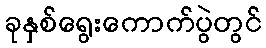
ခုနှစ်ရွေးကောက်ပွဲတွင်